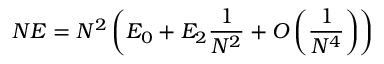
N E = N ^ { 2 } \left( E _ { 0 } + E _ { 2 } \frac { 1 } { N ^ { 2 } } + O \left( \frac { 1 } { N ^ { 4 } } \right) \right)